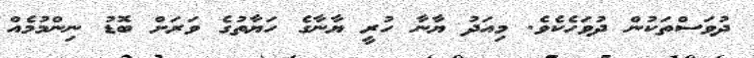
ދުވަސްތަކުން ދުވަހެކެވެ. މިއަދު ޔާނާ ހުރީ ޔާނާގެ ހަޔާތުގެ ވަރަށް ބޮޑު ނިންމުމެއް